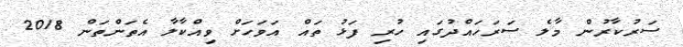
ސަރުކާރުން މާލެ ސަރަހައްދުގައި ހުރި ފަޅު ތައް އަވަހަށް ވިއްކާލާ އެތަންތަން 2018